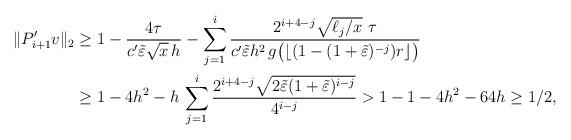
LaTeX: \begin{align*}\|P_{i+1}'v\|_2&\geq 1-\frac{4\tau}{c' \tilde\varepsilon \sqrt{x}\,h}-\sum_{j=1}^i \frac{2^{i+4-j}\sqrt{\ell_j/x}\,\,\tau}{c'\tilde\varepsilon h^2\,g\big(\lfloor(1-(1+\tilde\varepsilon)^{-j})r\rfloor\big)}\\&\geq 1-4h^2-h\,\sum_{j=1}^i \frac{2^{i+4-j}\sqrt{2\tilde\varepsilon (1+\tilde\varepsilon)^{i-j}}}{4^{i-j}}>1-1-4h^2-64h\geq 1/2,\end{align*}